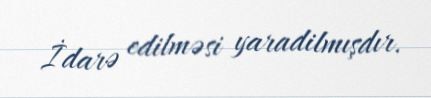
İdarə edilməsi yaradilmışdır.